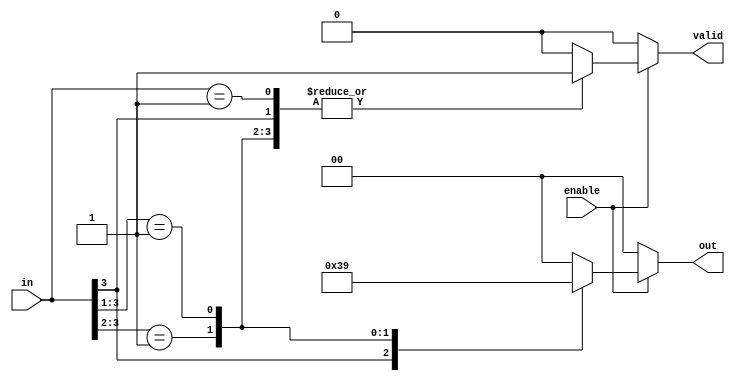
module multilevel_encoder (
    input wire [3:0] in,   // 4 input lines
    input wire enable,      // Enable signal
    output reg [1:0] out,   // 2 output lines
    output reg valid        // Valid signal to indicate if output is active
);

    always @(*) begin
        if (enable) begin
            casez (in) // Use casez to handle 'don't care' conditions
                4'b1??? : begin // If input 3 is high
                    out = 2'b11; // Output for input 3
                    valid = 1'b1;
                end
                4'b01?? : begin // If input 2 is high
                    out = 2'b10; // Output for input 2
                    valid = 1'b1;
                end
                4'b001? : begin // If input 1 is high
                    out = 2'b01; // Output for input 1
                    valid = 1'b1;
                end
                4'b0001 : begin // If input 0 is high
                    out = 2'b00; // Output for input 0
                    valid = 1'b1;
                end
                default : begin // If no inputs are high
                    out = 2'b00; // Default output
                    valid = 1'b0; // No valid output
                end
            endcase
        end else begin
            out = 2'b00; // Default output when disabled
            valid = 1'b0; // No valid output
        end
    end
endmodule